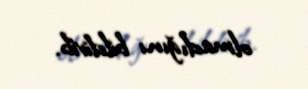
olmadığını bildirib.